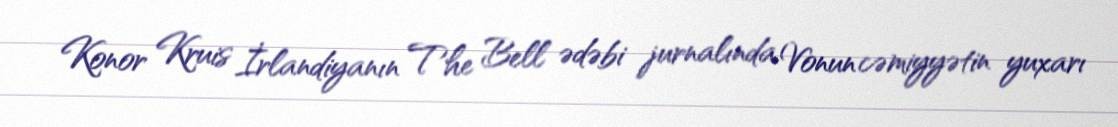
Konor Kruis İrlandiyanın The Bell ədəbi jurnalında Vonun cəmiyyətin yuxarı